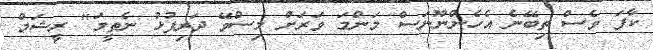
ކާފަ ވެސް ތިބޭނެ އެހެންނޫނަސް މަންމަ ވަރަށް މިސްވޭ ދަރިފުޅު ނެތީމަ" ރީޝަމް